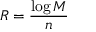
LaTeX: R = { \frac { \log M } { n } } \,